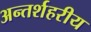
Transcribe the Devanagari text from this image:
अन्तर्शहरीय